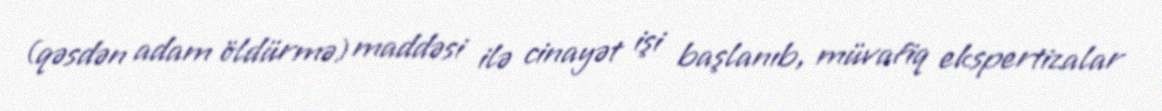
(qəsdən adam öldürmə) maddəsi ilə cinayət işi başlanıb, müvafiq ekspertizalar